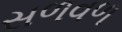
સળવળ